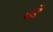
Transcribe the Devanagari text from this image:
ढरें